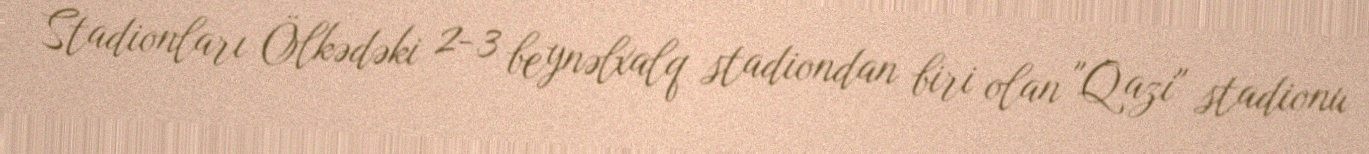
Stadionları Ölkədəki 2-3 beynəlxalq stadiondan biri olan "Qazi" stadionu